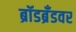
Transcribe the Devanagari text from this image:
ब्रॉडब्रँडवर